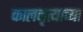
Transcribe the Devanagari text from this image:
कालनृत्याच्या